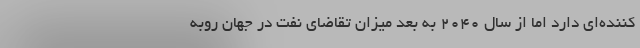
کننده‌ای دارد اما از سال ٢٠٤٠ به بعد میزان تقاضای نفت در جهان روبه